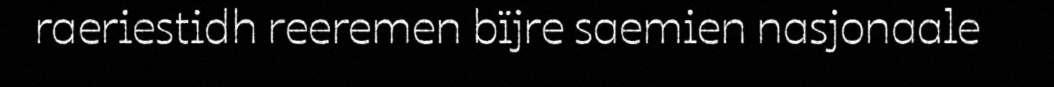
raeriestidh reeremen bïjre saemien nasjonaale